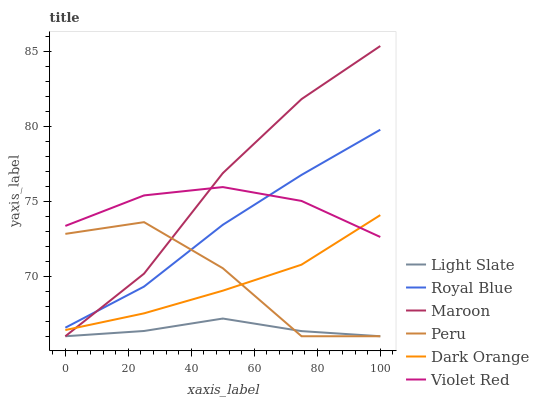
| xaxis_label | Light Slate | Royal Blue | Maroon | Peru | Dark Orange | Violet Red |
 | --- | --- | --- | --- | --- | --- | --- |
 | 0 | 66 | 66.6 | 66 | 72.8 | 66.4 | 73.4 |
 | 25 | 66.4 | 69.3 | 70.2 | 73.6 | 67.5 | 75.4 |
 | 50 | 67.2 | 73.4 | 76.9 | 70.5 | 69 | 75.9 |
 | 75 | 66.3 | 76.8 | 81.8 | 66 | 70.8 | 75 |
 | 100 | 66 | 79.8 | 85.4 | 66 | 74.1 | 72.6 |